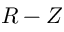
R - Z